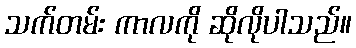
သက်တမ်း ကာလကို ဆိုလိုပါသည်။